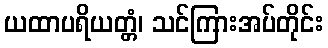
ယထာပရိယတ္တံ၊ သင်ကြားအပ်တိုင်း